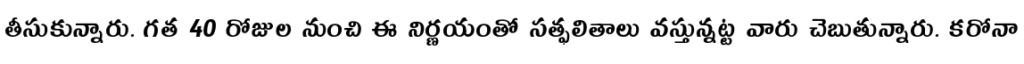
తీసుకున్నారు. గత 40 రోజుల నుంచి ఈ నిర్ణయంతో సత్ఫలితాలు వస్తున్నట్ట వారు చెబుతున్నారు. కరోనా